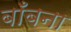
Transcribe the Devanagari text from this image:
बाँबना